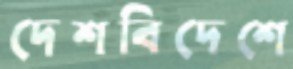
দেশবিদেশে